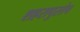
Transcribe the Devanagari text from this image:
शहरापुरतेच